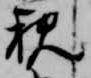
親